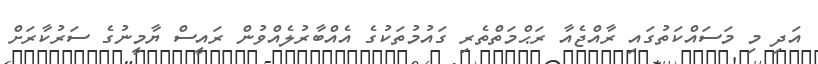
އަދި މި މަސައްކަތުގައި ރާއްޖެއާ ރަޙްމަތްތެރި ގައުމުތަކުގެ އެއްބާރުލެއްވުން ރައީސް ޔާމީނުގެ ސަރުކާރަށް